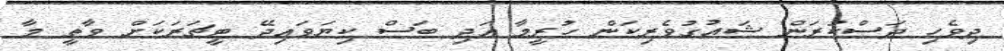
ދިވެހި ދަސްކުރަން ޝައުގުވެރިކަން ހުރީމާ އަދި ބަސް ކިޔަވައިދޭ ޓީޗަރަކަށް ވާތީ މާ